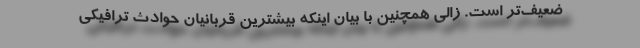
ضعیف‌تر است. زالی همچنین با بیان اینکه بیشترین قربانیان حوادث ترافیکی